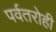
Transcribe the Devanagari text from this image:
पर्वतरोही